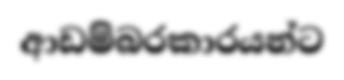
ආඩම්බරකාරයන්ට